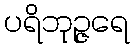
ပရိဘုဉ္ဇရေ